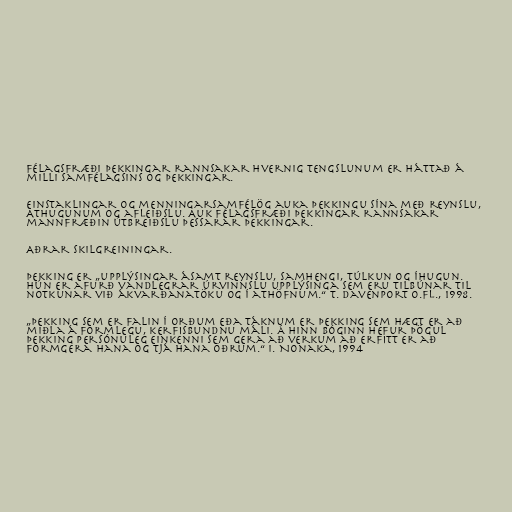
Félagsfræði þekkingar rannsakar hvernig tengslunum er háttað á
milli samfélagsins og þekkingar.

Einstaklingar og menningarsamfélög auka þekkingu sína með reynslu,
Athugunum og afleiðslu. Auk félagsfræði þekkingar rannsakar
mannfræðin útbreiðslu þessarar þekkingar.

Aðrar skilgreiningar.

Þekking er „upplýsingar ásamt reynslu, samhengi, túlkun og íhugun.
Hún er afurð vandlegrar úrvinnslu upplýsinga sem eru tilbúnar til
notkunar við ákvarðanatöku og í athöfnum.“ T. Davenport o.fl., 1998.

„Þekking sem er falin í orðum eða táknum er þekking sem hægt er að
miðla á formlegu, kerfisbundnu máli. Á hinn bóginn hefur þögul
þekking persónuleg einkenni sem gera að verkum að erfitt er að
formgera hana og tjá hana öðrum.“ I. Nonaka, 1994